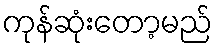
ကုန်ဆုံးတော့မည်